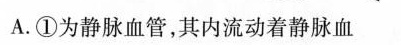
A. ①为静脉血管，其内流动着静脉血